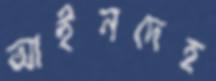
আইনদেহ